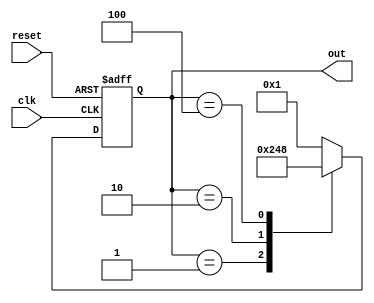
module ring_counter #(
    parameter N = 4  // Number of states (memory blocks)
)(
    input wire clk,        // Clock signal
    input wire reset,      // Asynchronous reset signal
    output reg [N-1:0] out // Output representing the state of the ring counter
);

// Internal signal to determine the next state
reg [N-1:0] next_state;

// Always block to handle the state transitions
always @(posedge clk or posedge reset) begin
    if (reset) begin
        // Initialize the counter to the first state
        out <= 1'b1; // Set the first memory block to '1'
    end else begin
        // Update the output to the next state
        out <= next_state;
    end
end

// Combinational logic to determine the next state
always @(*) begin
    case (out)
        4'b0001: next_state = 4'b0010; // State 1 to State 2
        4'b0010: next_state = 4'b0100; // State 2 to State 3
        4'b0100: next_state = 4'b1000; // State 3 to State 4
        4'b1000: next_state = 4'b0001; // State 4 back to State 1
        default: next_state = 4'b0001; // Default case (should not occur)
    endcase
end

endmodule